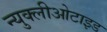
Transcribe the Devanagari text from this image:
न्युक्लीओटाइड